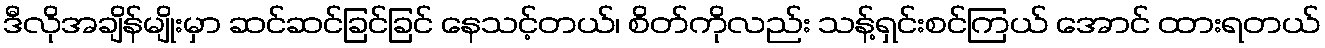
ဒီလိုအချိန်မျိုးမှာ ဆင်ဆင်ခြင်ခြင် နေသင့်တယ်၊ စိတ်ကိုလည်း သန့်ရှင်းစင်ကြယ် အောင် ထားရတယ်